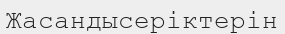
Жасандысеріктерін